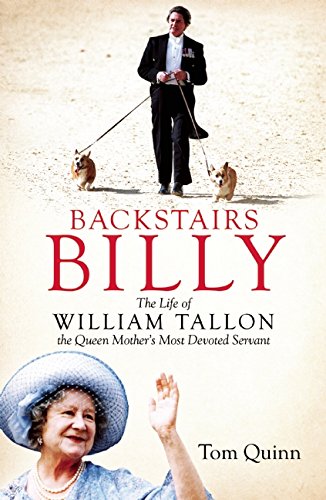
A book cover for Backstairs Billy: The Life of William Tallon, the Queen Mother's Most Devoted Servant; Tom Quinn; Gay & Lesbian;